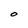
Character: O